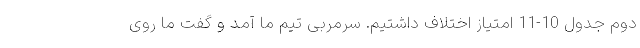
دوم جدول 10-11 امتیاز اختلاف داشتیم. سرمربی تیم ما آمد و گفت ما روی